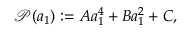
\begin{array} { r } { \mathcal { P } ( a _ { 1 } ) : = A a _ { 1 } ^ { 4 } + B a _ { 1 } ^ { 2 } + C , } \end{array}